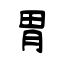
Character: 胃